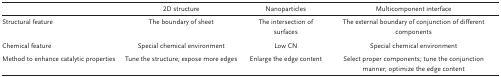
<table><thead><tr><td>[EMPTY_CELL]</td><td><b>2D structure</b></td><td><b>Nanoparticles</b></td><td><b>Multicomponent interface</b></td></tr></thead><tbody><tr><td>Structural feature</td><td>The boundary of sheet</td><td>The intersection of surfaces</td><td>The external boundary of conjunction of different components</td></tr><tr><td>Chemical feature</td><td>Special chemical environment</td><td>Low CN</td><td>Special chemical environment</td></tr><tr><td>Method to enhance catalytic properties</td><td>Tune the structure; expose more edges</td><td>Enlarge the edge content</td><td>Select proper components; tune the conjunction manner; optimize the edge content</td></tr></tbody></table>